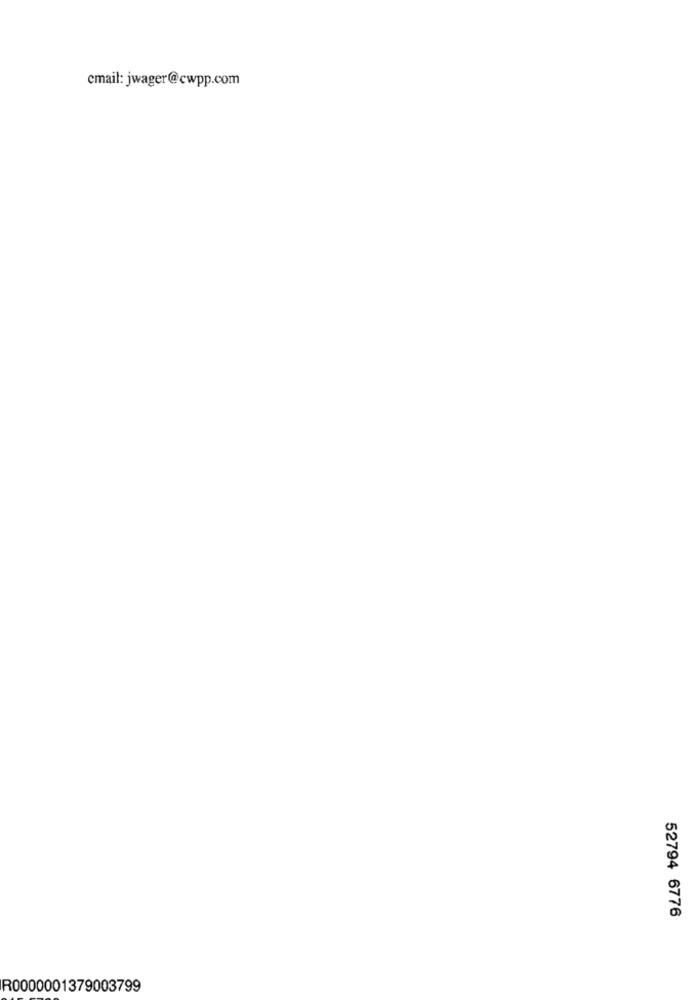
cmail: jwager@cwpp.com
52794 6776
R0000001379003799